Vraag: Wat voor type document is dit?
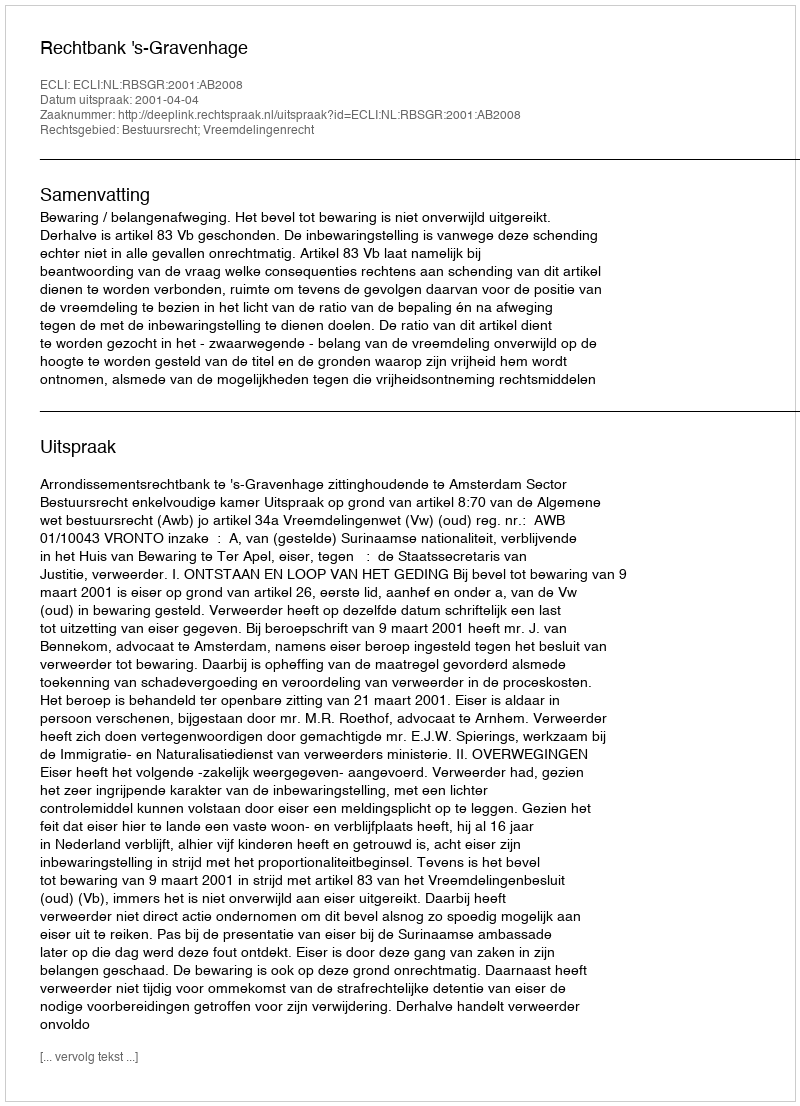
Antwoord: Uitspraak